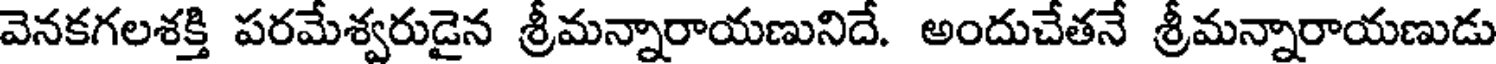
వెనకగలశక్తి పరమేశ్వరుడైన శ్రీమన్నారాయణునిదే. అందుచేతనే శ్రీమన్నారాయణుడు